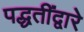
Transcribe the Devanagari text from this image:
पद्धतींद्वारे